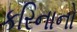
કરિનાનો